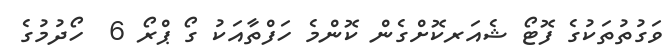
ވަގުތުތަކުގެ ފޮޓޯ ޝެއަރކޮށްގެން ކޮންމެ ހަފްތާއަކު ގޯ ޕްރޯ 6  ހޯދުމުގެ